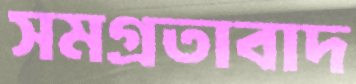
সমগ্রতাবাদ